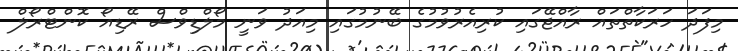
މިފަދަ ހަރަކާތްތައް ރާއްޖޭގައި ކުރިއެރުވުމުގެ ބޭނުމުގައި މިއަދު ވަނީ މޯލްޑިވްސް ރޭޑިއޯ ކޮންޓްރޯލް